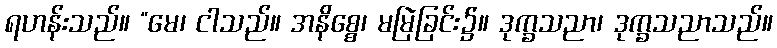
ရဟန်းသည်။ “မေ၊ ငါသည်။ အနိစ္စေ၊ မမြဲခြင်း၌။ ဒုက္ခသညာ၊ ဒုက္ခသညာသည်။